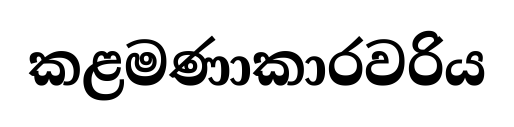
කළමණාකාරවරිය